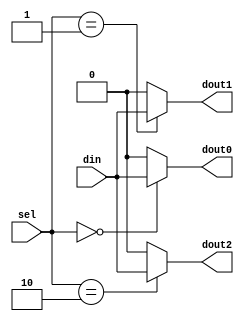

module b1_demux_1_3_case_v2
(
    input            din,
    input      [1:0] sel,
    output reg       dout0,
    output reg       dout1,
    output reg       dout2 
);
    always @(*) begin
        dout0 = 1'b0;
        dout1 = 1'b0;
        dout2 = 1'b0;
        case (sel)
             2'b00: dout0 = din;
             2'b01: dout1 = din;
             2'b10: dout2 = din;
        endcase
    end

endmodule